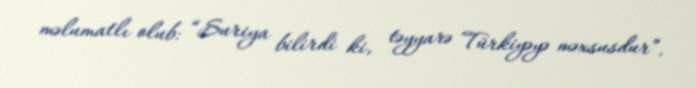
məlumatlı olub: “Suriya bilirdi ki, təyyarə Türkiyəyə məxsusdur”.